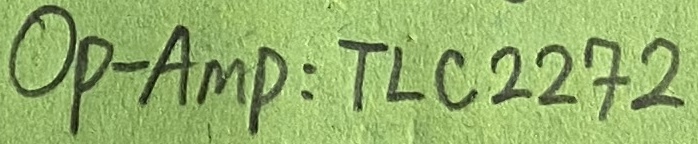
Text: OP-AMP:TLC2272